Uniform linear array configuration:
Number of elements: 64
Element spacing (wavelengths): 1
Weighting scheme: exponential
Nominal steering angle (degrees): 60
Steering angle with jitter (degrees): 61.373
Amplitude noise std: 0.05
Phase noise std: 0.05

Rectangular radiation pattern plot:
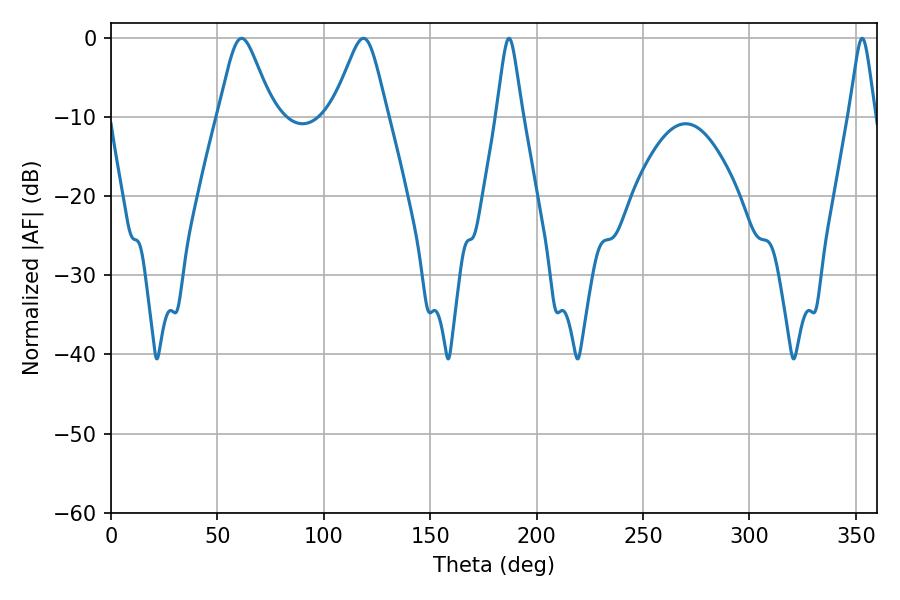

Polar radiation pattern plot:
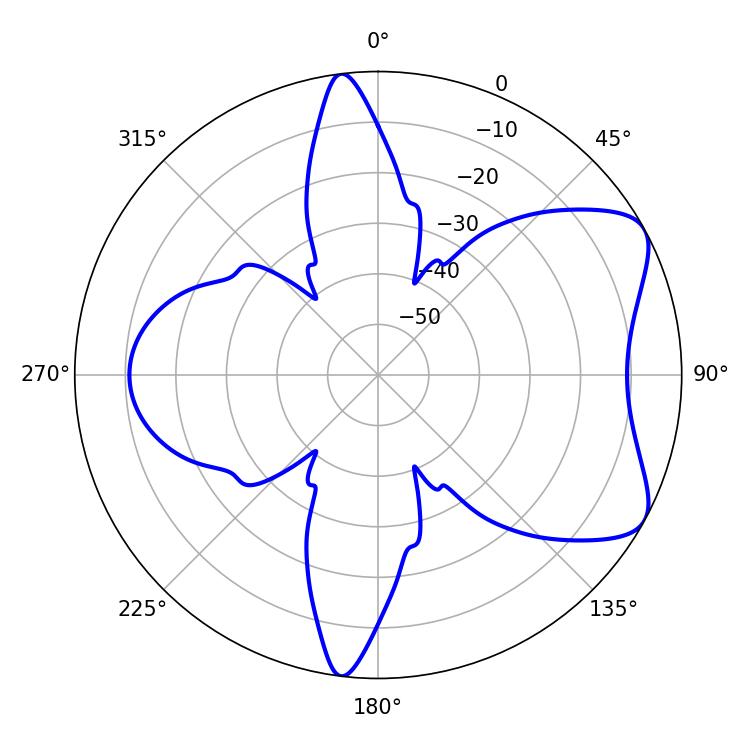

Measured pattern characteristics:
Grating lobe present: TRUE
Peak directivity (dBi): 6.815
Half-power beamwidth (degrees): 5.76
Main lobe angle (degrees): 187.02